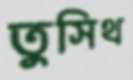
তুসিথ